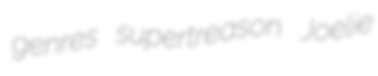
genres supertreason Joelie